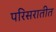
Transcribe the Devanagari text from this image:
परिसरातीत